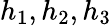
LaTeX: h_{1},h_{2},h_{3}